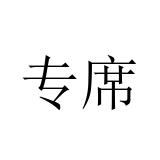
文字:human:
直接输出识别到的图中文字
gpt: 专席